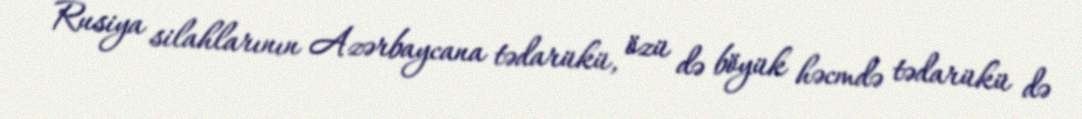
Rusiya silahlarının Azərbaycana tədarükü, özü də böyük həcmdə tədarükü də